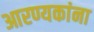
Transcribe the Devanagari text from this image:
आरण्यकांना